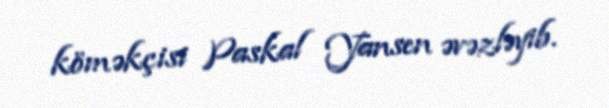
köməkçisi Paskal Yansen əvəzləyib.